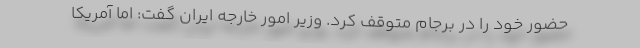
حضور خود را در برجام متوقف کرد. وزیر امور خارجه ایران گفت: اما آمریکا